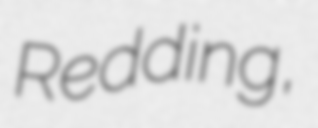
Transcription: Redding,